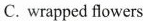
C. wrapped flowers